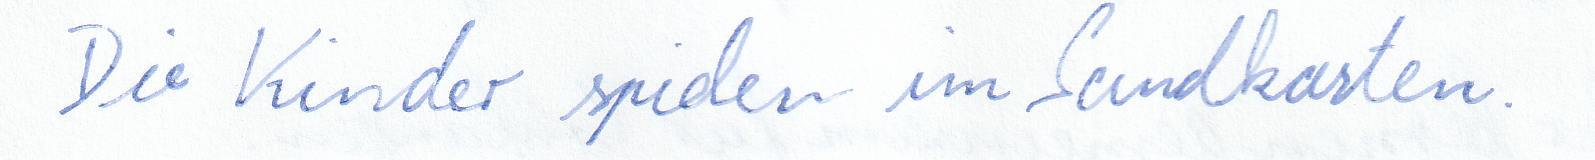
Die Kinder spielen im Sandkasten.